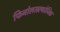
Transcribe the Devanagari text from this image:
फिनोलसल्फोनिक